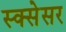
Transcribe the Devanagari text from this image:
स्क्सेसर